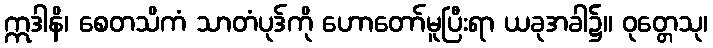
ဣဒါနိ၊ စေတသိကံ သာတံပုဒ်ကို ဟောတော်မူပြီးရာ ယခုအခါ၌။ ဝုတ္တေသု၊